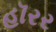
હૉરર